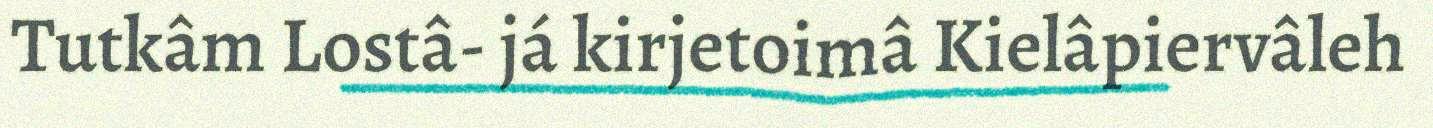
Tutkâm Lostâ- já kirjetoimâ Kielâpiervâleh